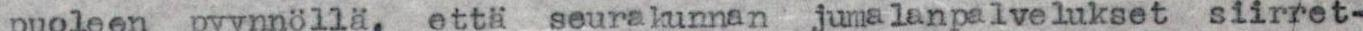
puoleen pyynnöllä, että seurakunnan jumalanpalvelukset siirret-